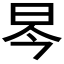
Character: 𱡻